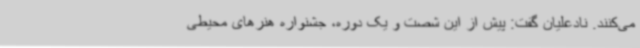
می‌کنند. نادعلیان گفت: پیش از این شصت و یک دوره، جشنواره هنرهای محیطی